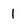
Character: 1